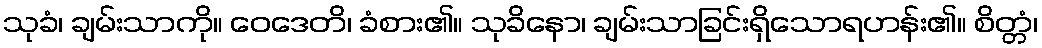
သုခံ၊ ချမ်းသာကို။ ဝေဒေတိ၊ ခံစား၏။ သုခိနော၊ ချမ်းသာခြင်းရှိသောရဟန်း၏။ စိတ္တံ၊